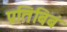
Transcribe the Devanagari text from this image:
प्रतिबिबं